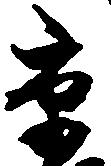
京